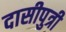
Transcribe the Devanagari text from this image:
दासीपुत्री